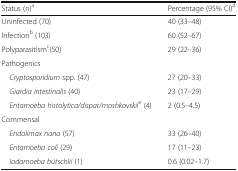
<table><thead><tr><td><b>Status (n)<sup>a</sup></b></td><td><b>Percentage (95% CI)<sup>d</sup></b></td></tr></thead><tbody><tr><td>Uninfected (70)</td><td>40 (33–48)</td></tr><tr><td>Infection<sup>b</sup> (103)</td><td>60 (52–67)</td></tr><tr><td>Polyparasitism<sup>c</sup>(50)</td><td>29 (22–36)</td></tr><tr><td colspan="2">Pathogenics</td></tr><tr><td> <i>Cryptosporidium</i> spp. (47)</td><td>27 (20–33)</td></tr><tr><td> <i>Giardia intestinalis</i> (40)</td><td>23 (17–29)</td></tr><tr><td> <i>Entamoeba histolytica/dispar/moshkovskii</i><sup>e</sup> (4)</td><td>2 (0.5–4.5)</td></tr><tr><td colspan="2">Commensal</td></tr><tr><td> <i>Endolimax nana</i> (57)</td><td>33 (26–40)</td></tr><tr><td> <i>Entamoeba coli</i> (29)</td><td>17 (11–23)</td></tr><tr><td> <i>Iodamoeba bütschlii</i> (1)</td><td>0.6 (0.02–1.7)</td></tr></tbody></table>